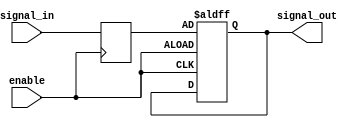
module Latch_Delay (
    input wire signal_in,
    input wire enable,
    output reg signal_out
);

reg latch;

always @(posedge enable) begin
    latch <= signal_in;
end

always @(posedge enable or negedge enable) begin
    if (enable) begin
        #10; // Delay period of 10 time units
        signal_out <= latch;
    end
end

endmodule